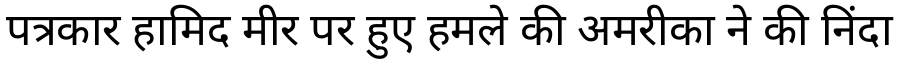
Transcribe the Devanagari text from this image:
पत्रकार हामिद मीर पर हुए हमले की अमरीका ने की निंदा